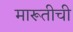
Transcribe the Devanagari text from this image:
मारूतीची